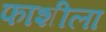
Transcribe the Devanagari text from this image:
फाशीला